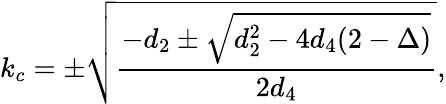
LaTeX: k_{c}=\pm\sqrt{\frac{-d_{2}\pm\sqrt{d_{2}^{2}-4d_{4}(2-\Delta)}}{2d_{4}}},